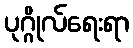
ပုဂ္ဂိုလ်ရေးရာ